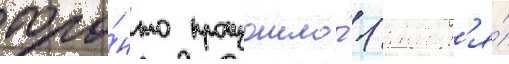
торо́нто произошло́ 1 январ'я́